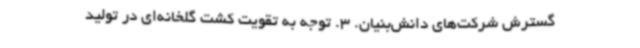
گسترش شرکت‌های دانش‌بنیان. 3. توجه به تقویت کشت گلخانه‌ای در تولید